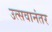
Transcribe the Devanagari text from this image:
उत्सवानंतर